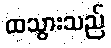
ထသွားသည်